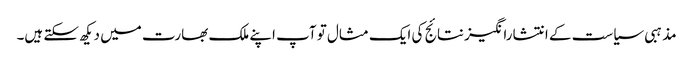
مذہبی سیاست کے انتشارانگیز نتائج کی ایک مثال تو آپ اپنے ملک بھارت میں دیکھ سکتے ہیں۔